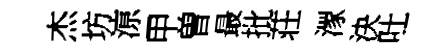
杰坊鿌甲曽最批荘潈決吐